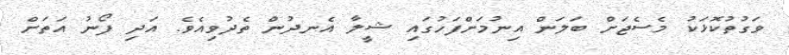
ވަގުތުކޮޅަކު މެސެޖަށް ބަލަން އިނުމަށްފަހުގައި ޝީލާ އެނދުން ތެދުވިއެވެ. އަދި ފޯނު އަތަށް